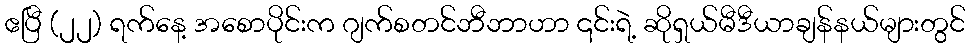
ဧပြီ (၂၂) ရက်နေ့ အစောပိုင်းက ဂျက်စတင်ဘီဘာဟာ ၎င်းရဲ့ ဆိုရှယ်မီဒီယာချန်နယ်များတွင်